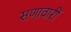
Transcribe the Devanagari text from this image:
सणावारीं